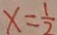
x = \frac { 1 } { 2 }